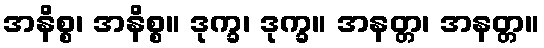
အနိစ္စ၊ အနိစ္စ။ ဒုက္ခ၊ ဒုက္ခ။ အနတ္တ၊ အနတ္တ။